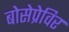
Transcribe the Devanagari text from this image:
बोसेप्रेविर